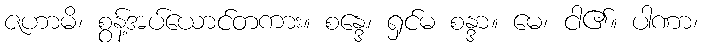
ဇဟာမိ၊ စွန့်အပ်ယောင်တကား။ စန္ဒေ၊ ရှင်မ စန္ဒာ။ မေ၊ ငါ၏။ ပါဏာ၊